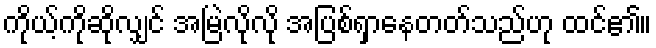
ကိုယ့်ကိုဆိုလျှင် အမြဲလိုလို အပြစ်ရှာနေတတ်သည်ဟု ထင်၏။